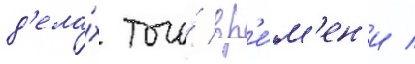
д'ела́х того́ вр'е́м'ен'и /